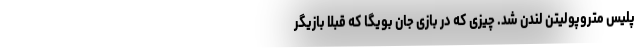
پلیس متروپولیتن لندن شد. چیزی که در بازی جان بویگا که قبلا بازیگر